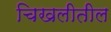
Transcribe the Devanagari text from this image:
चिखलीतील